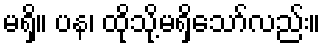
မရှိ။ ပန၊ ထိုသို့မရှိသော်လည်း။